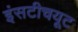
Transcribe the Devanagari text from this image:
इंसटीचयूट